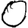
Digit: 0